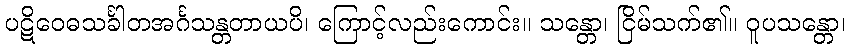
ပဋိဝေဓသင်္ခါတအင်္ဂသန္တတာယပိ၊ ကြောင့်လည်းကောင်း။ သန္တော၊ ငြိမ်သက်၏။ ဝူပသန္တော၊